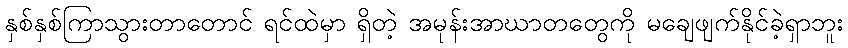
နှစ်နှစ်ကြာသွားတာတောင် ရင်ထဲမှာ ရှိတဲ့ အမုန်းအာဃာတတွေကို မချေဖျက်နိုင်ခဲ့ရှာဘူး